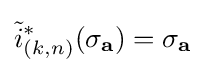
{\tilde {i}}_{(k,n)}^{*}(\sigma _{\mathbf {a} })=\sigma _{\mathbf {a} }